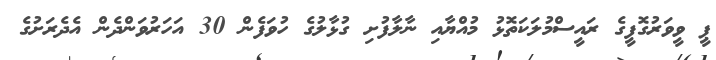
ޕީ ވީވަރުގޮފީގެ ރައީސްމުލަކަތޮޅު މުއްޔާއި ނާލާފުށި ގުޅާލުގެ ހުވަފެން 30 އަހަރުވަންދެން އެދެރަށުގެ